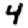
Digit: 4